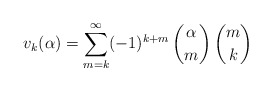
\begin{align*}v_k(\alpha)=\sum_{m=k}^\infty (-1)^{k+m}\,\binom{\alpha}{m}\,\binom{m}{k}\end{align*}